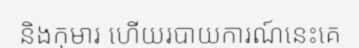
និងកុមារ ហើយរបាយការណ៍នេះគេ